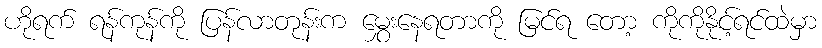
ဟိုရက် ရန်ကုန်ကို ပြန်လာတုန်းက မွှေးနေရတာကို မြင်ရ တော့ ကိုကိုနိုင့်ရင်ထဲမှာ